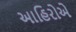
આહિરોએ